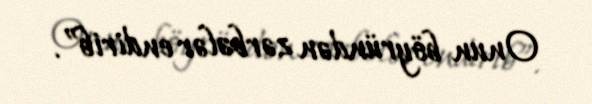
Onun böyründən zərbələr endirib”.